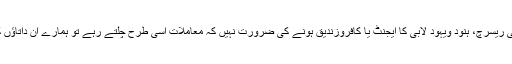
اوراس پیشینگوئی کے لئے آپ کو رینڈ کارپوریشن کی کسی ریسرچ، ہنود ویہود لابی کا ایجنٹ یا کافروزندیق ہونے کی ضرورت نہیں کہ معاملات اسی طرح چلتے رہے تو ہمارے ان داتاؤں کے پاس کچھ زیادہ ۲۳ مارچیں منانے کا وقت نہیں رہ گیا۔